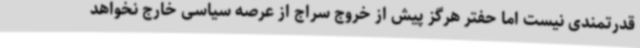
قدرتمندی نیست اما حفتر هرگز پیش از خروج سراج از عرصه سیاسی خارج نخواهد